Vaccination in the Punjab 1905-1918 - 1905-1918
Year: 1905
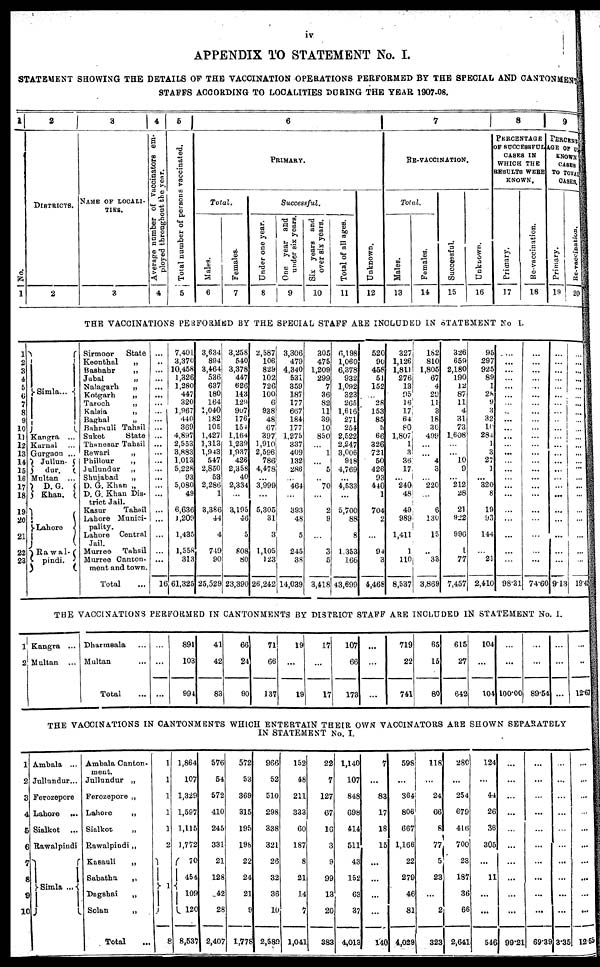
iv
APPENDIX TO STATEMENT No. I.
STATEMENT SHOWING THE DETAILS OF THE VACCINATION OPERATIONS PERFORMED BY THE SPECIAL AND CANTONMENT
STAFFS ACCORDING TO LOCALITIES DURING THE YEAR 1907-08.
1
No.
1
2
DISTRICTS.
2
3
NAME OF LOCALI-
----.
3
4
Average number of vaccinators em-
ployed throughout the year.
4
5
Total number of persons vaccinated.
5
6
PRIMARY.
Total.
Males.
6
Females.
7
Successful.
Under one year.
8
One year and
under six years.
9
Six years and
over six years.
10
Total of all ages.
11
Unknown.
12
7
RE-VACCINATION.
Total.
Males.
13
Females.
14
Successful.
15
Unknown.
16
8
PERCENTAGE
OF SUCCESSFUL
CASES IN
WHICH THE
RESULTS WERE
KNOWN.
Primary.
17
Re-vaccination.
18
9
PERCENT-
AGE OF UN-
KNOWN
CASES
TO TOTAL
CASES.
Primary.
19
Re-vaccination.
20
THE VACCINATIONS PERFORMED BY THE SPECIAL STAFF ARE INCLUDED IN STATEMENT No I.
1
2
3
4
5
6
7
8
9
10
11
12
13
14
15
16
17
18
19
20
21
22
23
Simla...
Kangra ...
Karnal ...
Gurgaon ...
Jullun-
dur.
Multan ...
D. G.
Khan.
Lahore
Rawal-
pindi.
Sirmoor
State
Keonthal
„
Bashahr
„
Jubal
„
Nalagarh
„
Kotgarh
„
Taroch
„
Kalsia
„
Baghal
„
Bahrauli Tahsil
Suket
State
Thanesar Tahsil
Rewari
„
Phillour
„
Jullundar
„
Shujabad
„
D. G. Khan „
D. G. Khan Dis-
trict Jail.
Kasur
Tahsil
Lahore Munici-
pality.
Lahore
Central
Jail.
Murree
Tahsil
Murree Canton-
ment and town.
Total ...
...
..
...
...
...
...
...
...
...
...
...
...
...
...
...
...
...
...
...
...
...
...
...
16
7,401
3,370
10,458
1,326
1,280
447
320
1,967
440
369
4,897
2,553
3,883
1,013
5,228
93
5,080
49
6,636
1,209
1,435
1,558
313
61,325
3,634
894
3,464
536
637
180
164
1,040
182
105
1,427
1,313
1,943
547
2,850
53
2,286
1
3,386
44
4
749
90
25,529
3,258
540
3,378
447
626
143
129
907
176
154
1,164
1,239
1,937
426
2,358
40
2,334
...
3,195
46
3
808
80
23,390
2,587
106
829
102
726
100
6
938
48
67
397
1,910
2,596
786
4,478
...
3,999
...
5,305
31
3
1,105
123
26,242
3,306
479
4,340
531
359
187
177
667
184
177
1,275
337
409
132
286
...
464
...
393
48
5
245
38
14,039
305
475
1,209
299
7
36
82
11
39
10
850
...
1
...
5
..
70
...
2
9
...
3
5
3,418
6,198
1,060
6,378
932
1,092
323
265
1,616
271
254
2,522
2,247
3,006
918
4,769
...
4,533
...
5,700
88
8
1,353
166
43,699
520
90
458
51
152
...
28
153
85
5
66
326
721
50
426
93
440
1
704
2
...
94
3
4,468
327
1,126
1,811
276
13
95
16
17
64
80
1,807
1
3
36
17
...
240
48
49
989
1,411
1
110
8,537
182
810
1,805
67
4
29
11
3
18
30
499
...
...
4
3
...
220
...
6
130
15
..
33
3,869
326
659
2,180
190
12
87
11
4
31
73
1,608
...
...
10
9
...
212
28
21
922
996
1
77
7,457
95
297
925
89
1
28
9
3
32
10
284
1
3
27
1
...
320
8
19
93
144
...
21
2,410
...
...
...
...
...
...
...
..
...
...
...
...
...
...
...
...
...
...
...
...
...
...
...
98.31
...
...
...
...
...
...
...
...
...
...
...
...
...
...
...
...
...
...
...
...
...
...
...
74.60
...
...
...
...
...
...
...
...
...
...
...
...
...
...
...
...
...
...
...
...
...
...
...
9.13
...
...
...
...
...
...
...
...
...
...
...
...
...
...
...
...
...
...
...
...
...
...
...
19.43
THE VACCINATIONS PERFORMED IN CANTONMENTS BY DISTRICT STAFF ARE INCLUDED IN STATEMENT No. I.
1
2
Kangra ...
Multan ...
Dharmsala ...
Multan ...
Total ...
...
...
...
891
103
994
41
42
83
66
24
90
71
66
137
19
...
19
17
...
17
107
66
173
...
...
...
719
22
741
65
15
80
615
27
642
104
...
104
...
...
100.00
...
...
89.54
...
...
...
...
..
12.67
THE VACCINATIONS IN CANTONMENTS WHICH ENTERTAIN THEIR OWN VACCINATORS ARE SHOWN SEPARATELY
IN STATEMENT No. I.
1
2
3
4
5
6
7
8
9
10
Ambala ...
Jullundur...
Ferozepore
Lahore ...
Sialkot ...
Rawalpindi
Simla ...
Ambala Canton-
ment.
Jullundur „
Ferozepore „
Lahore
„
Sialkot
„
Rawalpindi „
Kasauli
„
Sabathu
„
Dagshai
„
Solan
„
Total ...
1
1
1
1
1
2
1
8
1,864
107
1,329
1,597
1,115
1,772
70
454
109
120
8,537
576
54
572
410
245
331
21
128
42
28
2,407
572
53
369
315
195
196
22
24
21
9
1,778
966
52
510
298
338
321
26
32
36
10
2,589
152
48
211
333
60
187
8
21
14
7
1,041
22
7
127
67
16
3
9
99
13
20
383
1,140
107
848
698
414
511
43
152
63
37
4,013
7
...
83
17
18
15
...
...
...
...
140
598
...
364
806
667
1,166
22
279
46
81
4,029
118
...
24
66
8
77
5
23
...
2
323
280
...
254
679
416
700
23
187
36
66
2,641
124
...
44
26
36
305
...
11
...
...
546
...
...
...
...
...
...
...
...
...
...
99.21
...
...
...
...
...
...
...
...
...
...
69.39
...
...
...
...
...
...
...
...
...
...
3.35
...
...
...
...
...
...
...
...
...
...
12.55